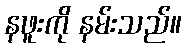
နဖူးကို နမ်းသည်။